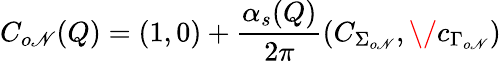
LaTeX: C_{o\mathscr{N}}(Q)=(1,0)+{\frac{{\alpha_{s}(Q)}}{{2\pi}}}(C_{\Sigma_{o\mathscr{N}}},\/ c_{\Gamma_{o\mathscr{N}}})